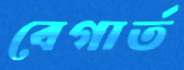
বেগার্ত